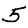
Digit: 5